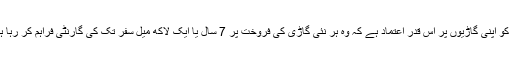
کیا کو اپنی گاڑیوں پر اس قدر اعتماد ہے کہ وہ ہر نئی گاڑی کی فروخت پر 7 سال یا ایک لاکھ میل سفر تک کی گارنٹی فراہم کر رہا ہے۔